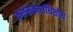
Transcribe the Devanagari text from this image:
कशेरूकासंधिशोथ